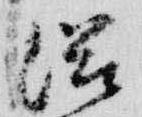
滋